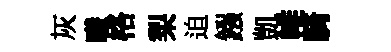
灰曦格梨迫鏹凱帷騎